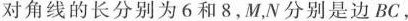
对角线的长分别为6和8，M，N分别是BC，